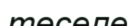
төселе